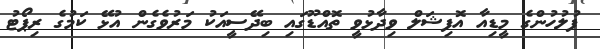
ފުލުހުންގެ މީޑިއާ އޮފިޝަލް ވިދާޅުވީ ތޮއްޑޫގައި ބިދޭސީއަކު މަރުވެގެން އުޅޭ ކަމުގެ ރިޕޯޓު